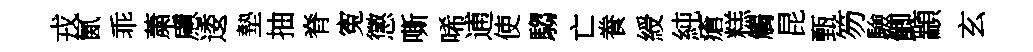
戎氤乖䔥慮逶墊抽脊寃懲嘶唏逋使騶亡飬綬純瘡糕觸昆甄笏驗鯽顓玄